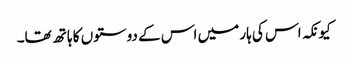
کیونکہ اس کی ہار میں اس کے دوستوں کا ہاتھ تھا۔